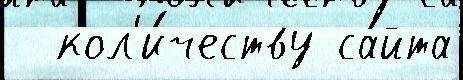
  кол'и́честву са́йта